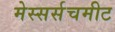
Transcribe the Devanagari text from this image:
मेस्सर्सचमीट